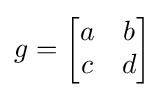
g={\begin{bmatrix}a&b\\c&d\end{bmatrix}}